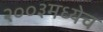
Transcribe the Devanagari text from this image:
२००३मध्येच